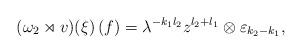
LaTeX: \begin{align*}(\omega_{2} \rtimes v)(\xi)\left( f\right)=\lambda^{-k_{1}l_{2}} z^{l_{2}+l_{1}}\otimes \varepsilon_{k_{2}-k_{1}},\end{align*}